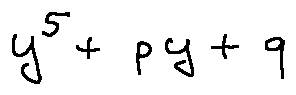
y ^ { 5 } + p y + q